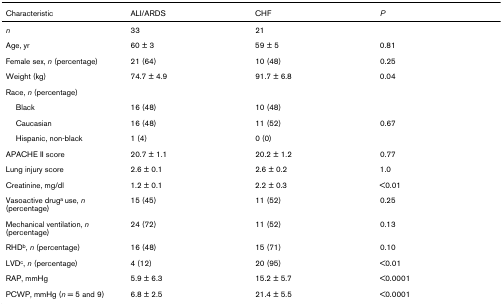
<table><thead><tr><td><b>Characteristic</b></td><td><b>ALI/ARDS</b></td><td><b>CHF</b></td><td><b><i>P</i></b></td></tr></thead><tbody><tr><td><i>n</i></td><td>33</td><td>21</td><td></td></tr><tr><td>Age, yr</td><td>60 ± 3</td><td>59 ± 5</td><td>0.81</td></tr><tr><td>Female sex, <i>n </i>(percentage)</td><td>21 (64)</td><td>10 (48)</td><td>0.25</td></tr><tr><td>Weight (kg)</td><td>74.7 ± 4.9</td><td>91.7 ± 6.8</td><td>0.04</td></tr><tr><td>Race, <i>n </i>(percentage)</td><td></td><td></td><td></td></tr><tr><td> Black</td><td>16 (48)</td><td>10 (48)</td><td></td></tr><tr><td> Caucasian</td><td>16 (48)</td><td>11 (52)</td><td>0.67</td></tr><tr><td> Hispanic, non-black</td><td>1 (4)</td><td>0 (0)</td><td></td></tr><tr><td>APACHE II score</td><td>20.7 ± 1.1</td><td>20.2 ± 1.2</td><td>0.77</td></tr><tr><td>Lung injury score</td><td>2.6 ± 0.1</td><td>2.6 ± 0.2</td><td>1.0</td></tr><tr><td>Creatinine, mg/dl</td><td>1.2 ± 0.1</td><td>2.2 ± 0.3</td><td>&lt;0.01</td></tr><tr><td>Vasoactive drug<sup>a </sup>use, <i>n </i>(percentage)</td><td>15 (45)</td><td>11 (52)</td><td>0.25</td></tr><tr><td>Mechanical ventilation, <i>n </i>(percentage)</td><td>24 (72)</td><td>11 (52)</td><td>0.13</td></tr><tr><td>RHD<sup>b</sup>, <i>n </i>(percentage)</td><td>16 (48)</td><td>15 (71)</td><td>0.10</td></tr><tr><td>LVD<sup>c</sup>, <i>n </i>(percentage)</td><td>4 (12)</td><td>20 (95)</td><td>&lt;0.01</td></tr><tr><td>RAP, mmHg</td><td>5.9 ± 6.3</td><td>15.2 ± 5.7</td><td>&lt;0.0001</td></tr><tr><td>PCWP, mmHg (<i>n </i>= 5 and 9)</td><td>6.8 ± 2.5</td><td>21.4 ± 5.5</td><td>&lt;0.0001</td></tr></tbody></table>